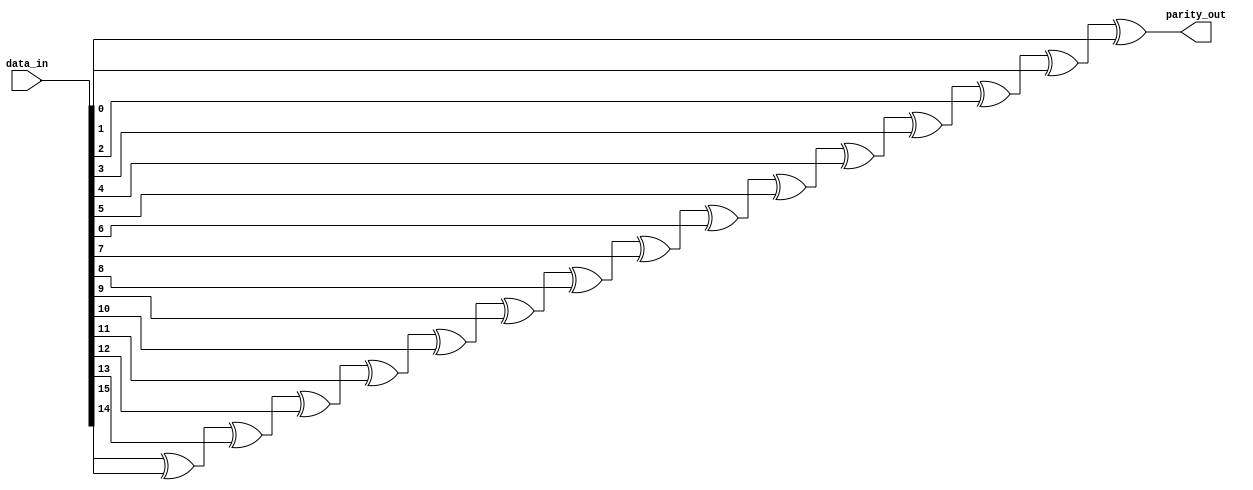
module rveven_paritygen_WIDTH16
(
  data_in,
  parity_out
);

  input [15:0] data_in;
  output parity_out;
  wire parity_out,N0,N1,N2,N3,N4,N5,N6,N7,N8,N9,N10,N11,N12,N13;
  assign parity_out = N13 ^ data_in[0];
  assign N13 = N12 ^ data_in[1];
  assign N12 = N11 ^ data_in[2];
  assign N11 = N10 ^ data_in[3];
  assign N10 = N9 ^ data_in[4];
  assign N9 = N8 ^ data_in[5];
  assign N8 = N7 ^ data_in[6];
  assign N7 = N6 ^ data_in[7];
  assign N6 = N5 ^ data_in[8];
  assign N5 = N4 ^ data_in[9];
  assign N4 = N3 ^ data_in[10];
  assign N3 = N2 ^ data_in[11];
  assign N2 = N1 ^ data_in[12];
  assign N1 = N0 ^ data_in[13];
  assign N0 = data_in[15] ^ data_in[14];

endmodule